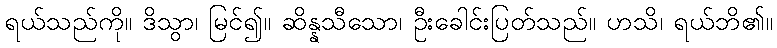
ရယ်သည်ကို။ ဒိသွာ၊ မြင်၍။ ဆိန္နသီသော၊ ဦးခေါင်းပြတ်သည်။ ဟသိ၊ ရယ်ဘိ၏။